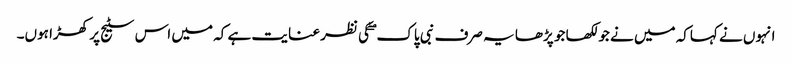
انہوں نے کہاکہ میں نے جو لکھا جو پڑھا یہ صرف نبی پاک ۖ کی نظر عنایت ہے کہ میں اس سٹیج پر کھڑا ہوں۔